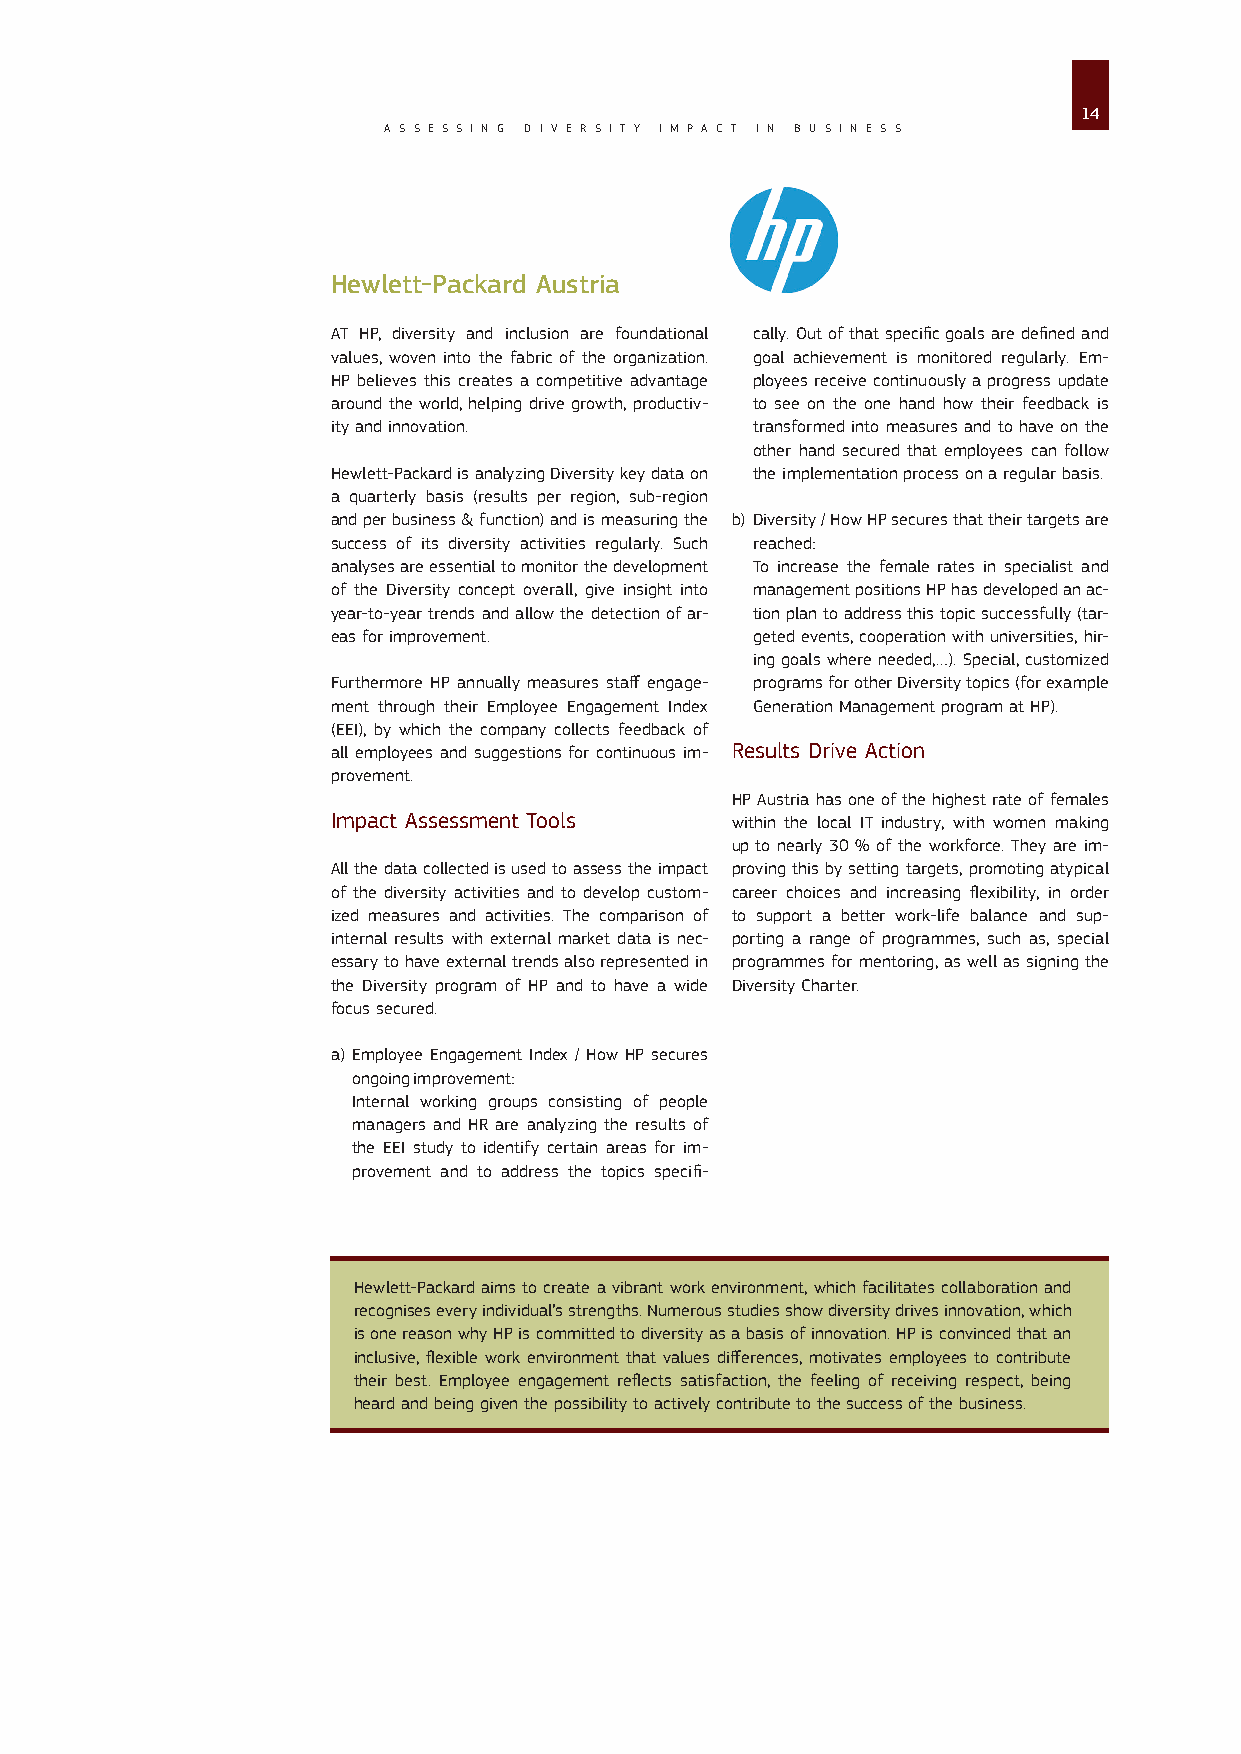
14
 A S S E S S I N G D I V E R S I T Y I M P A C T I N B U S I N E S S
 Hewlett-Packard Austria
 AT HP, diversity and inclusion are foundational cally. Out of that specific goals are defined and
 values, woven into the fabric of the organization. goal achievement is monitored regularly. Em-
 HP believes this creates a competitive advantage ployees receive continuously a progress update
 around the world, helping drive growth, productiv- to see on the one hand how their feedback is
 ity and innovation.         transformed into measures and to have on the
 other hand secured that employees can follow
 Hewlett-Packard is analyzing Diversity key data on the implementation process on a regular basis.
 a quarterly basis (results per region, sub-region
 and per business & function) and is measuring the b) D iversity / How HP secures that their targets are
 success of its diversity activities regularly. Such reached:
 analyses are essential to monitor the development To increase the female rates in specialist and
 of the Diversity concept overall, give insight into management positions HP has developed an ac-
 year-to-year trends and allow the detection of ar- tion plan to address this topic successfully (tar-
 eas for improvement.        geted events, cooperation with universities, hir-
 ing goals where needed,…). Special, customized
 Furthermore HP annually measures staff engage- programs for other Diversity topics (for example
 ment through their Employee Engagement Index Generation Management program at HP).
 (EEI), by which the company collects feedback of
 all employees and suggestions for continuous im- Results Drive Action
 provement.
 HP Austria has one of the highest rate of females
 Impact Assessment Tools   within the local IT industry, with women making
 up to nearly 30 % of the workforce. They are im-
 All the data collected is used to assess the impact proving this by setting targets, promoting atypical
 of the diversity activities and to develop custom- career choices and increasing flexibility, in order
 ized measures and activities. The comparison of to support a better work-life balance and sup-
 internal results with external market data is nec- porting a range of programmes, such as, special
 essary to have external trends also represented in programmes for mentoring, as well as signing the
 the Diversity program of HP and to have a wide Diversity Charter.
 focus secured.
 a) E mployee Engagement Index / How HP secures
 ongoing improvement:
 Internal working groups consisting of people
 managers and HR are analyzing the results of
 the EEI study to identify certain areas for im-
 provement and to address the topics specifi-
 Hewlett-Packard aims to create a vibrant work environment, which facilitates collaboration and
 recognises every individual’s strengths. Numerous studies show diversity drives innovation, which
 is one reason why HP is committed to diversity as a basis of innovation. HP is convinced that an
 inclusive, flexible work environment that values differences, motivates employees to contribute
 their best. Employee engagement reflects satisfaction, the feeling of receiving respect, being
 heard and being given the possibility to actively contribute to the success of the business.